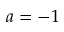
a = - 1